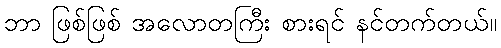
ဘာ ဖြစ်ဖြစ် အလောတကြီး စားရင် နင်တက်တယ်။